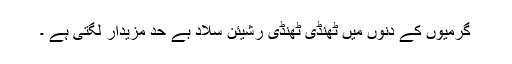
گرمیوں کے دنوں میں ٹھنڈی ٹھنڈی رشیئن سلاد بے حد مزیدار لگتی ہے ۔